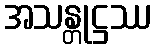
အသန္တုဋ္ဌဿ